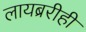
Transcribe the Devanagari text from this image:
लायब्ररीही